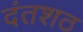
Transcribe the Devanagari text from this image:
दंतशठ